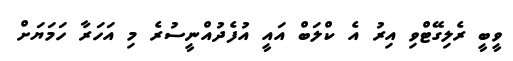
ވީބީ ރެލިގޭޓްވި އިރު އެ ކްލަބް އައީ އުފެދުއްނީސުރެ މި އަހަރާ ހަމަޔަށް